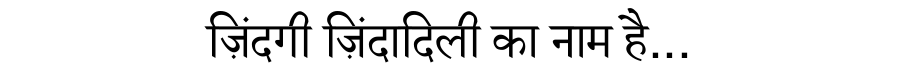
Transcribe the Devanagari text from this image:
ज़िंदगी ज़िंदादिली का नाम है...